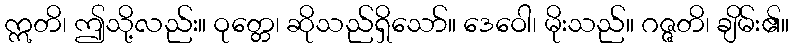
ဣတိ၊ ဤသို့လည်း။ ဝုတ္တေ၊ ဆိုသည်ရှိသော်။ ဒေဝေါ၊ မိုးသည်။ ဂဇ္ဇတိ၊ ချိမ်း၏။